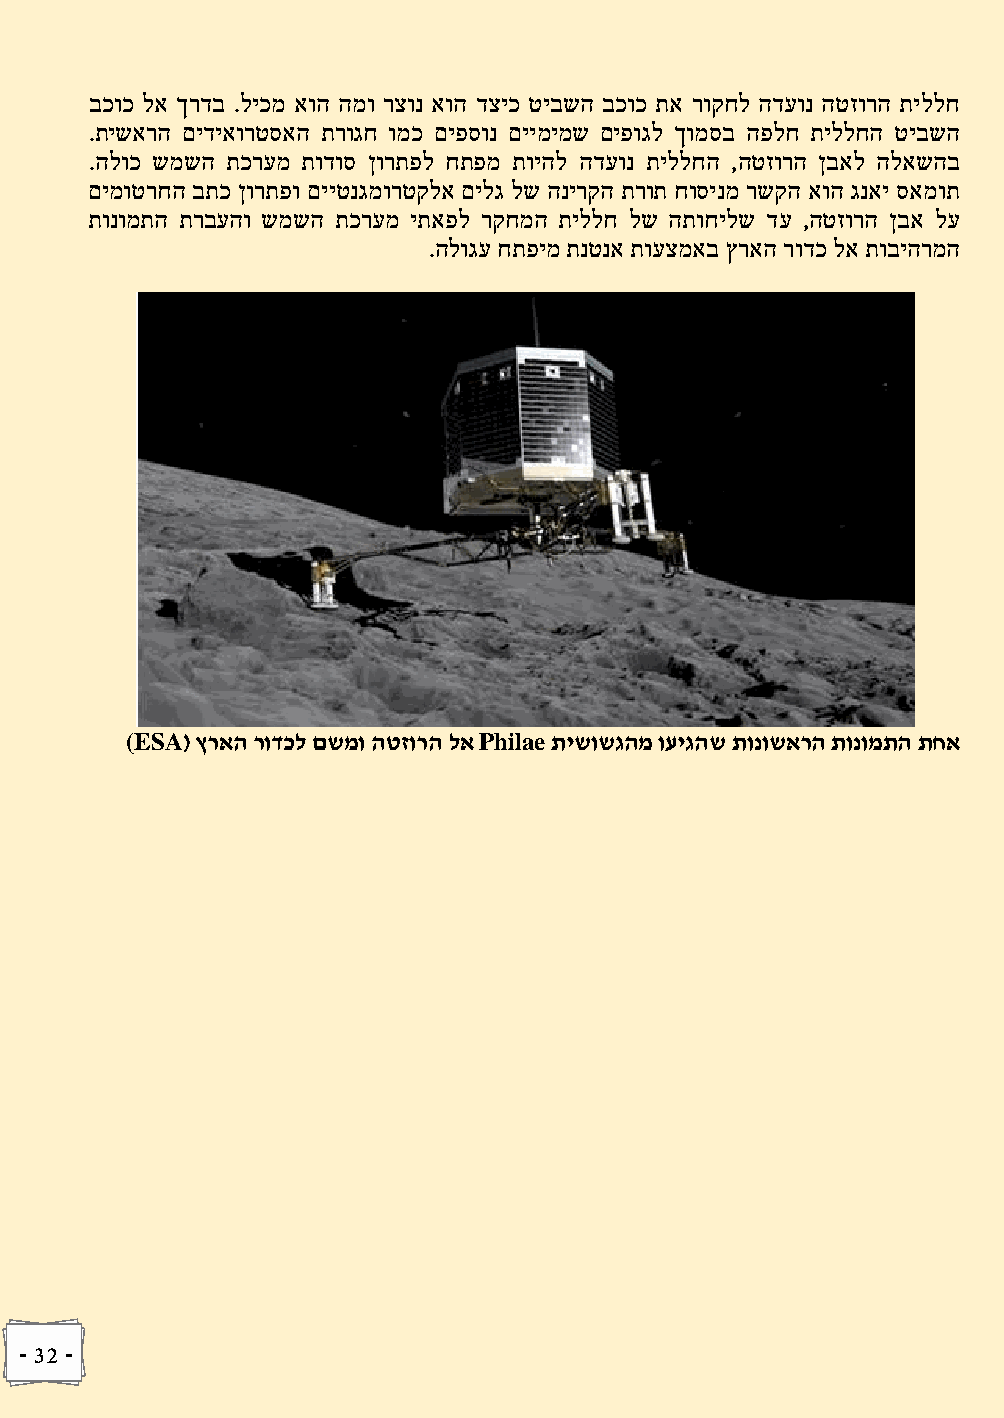
בכוכ לא ךרדב .ליכמ אוה המו רצונ אוה דציכ טיבשה בכוכ תא רוקחל הדעונ הטזורה תיללח
 .תישארה םידיאורטסאה תרוגח ומכ םיפסונ םיימימש םיפוגל ךומסב הפלח תיללחה טיבשה
 .הלוכ שמשה תכרעמ תודוס ןורתפל חתפמ תויהל הדעונ תיללחה ,הטזורה ןבאל הלאשהב
 םימוטרחה בתכ ןורתפו םייטנגמורטקלא םילג לש הנירקה תרות חוסינמ רשקה אוה גנאי סאמות
 תונומתה תרבעהו שמשה תכרעמ יתאפל רקחמה תיללח לש התוחילש דע ,הטזורה ןבא לע
 .הלוגע חתפימ תנטנא תועצמאב ץראה רודכ לא תוביהרמה
 (ESA( ץראה רודכל םשמו הטזורה לא Philae תישושגהמ ועיגהש תונושארה תונומתה תחא
 - 32 -